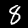
Digit: 8